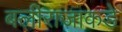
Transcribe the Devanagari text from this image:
बलीराजाकडे